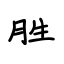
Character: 胜